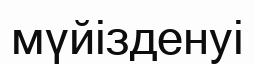
мүйізденуі